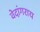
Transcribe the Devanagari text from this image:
वेदांगराय